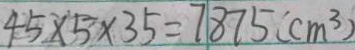
4 5 \times 5 \times 3 5 = 7 8 7 5 ( c m ^ { 3 } )